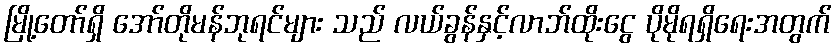
မြို့တော်ရှိ အော်တိုမန်ဘုရင်များ သည် လယ်ခွန်နှင့်လာဘ်ထိုးငွေ ပိုမိုရရှိရေးအတွက်